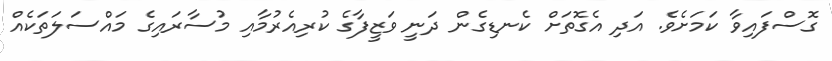
ގޮސްފައިވާ ކަމަށެވެ. އަދި އެގޮތަށް ކެނޑިގެން ދަނީ ވަޒީފާގެ ކުރިއެރުމާއި މުސާރައިގެ މައްސަލަތަކެއް